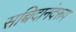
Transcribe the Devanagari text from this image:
सच्चिदानंदरूप